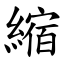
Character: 縮